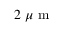
2 \ \mu \mathrm { ~ m ~ }